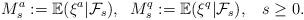
LaTeX: \begin{align*} M^a_s:= \mathbb E(\xi^a|\mathcal F_s),\;\; M^q_s:=\mathbb E(\xi^q|\mathcal F_s),\;\;\; s\geq 0.\end{align*}